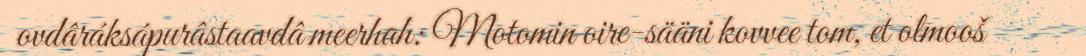
ovdâráksápurâstaavdâ meerhah: Motomin oire-sääni kovvee tom, et olmooš